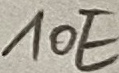
Text: 10E